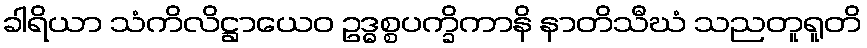
ခါရိယာ သံကိလိဋ္ဌာယေဝ ဥဒ္ဓစ္စပက္ခိကာနိ နာတိသီဃံ သညတူရူတိ